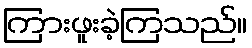
ကြားဖူးခဲ့ကြသည်။